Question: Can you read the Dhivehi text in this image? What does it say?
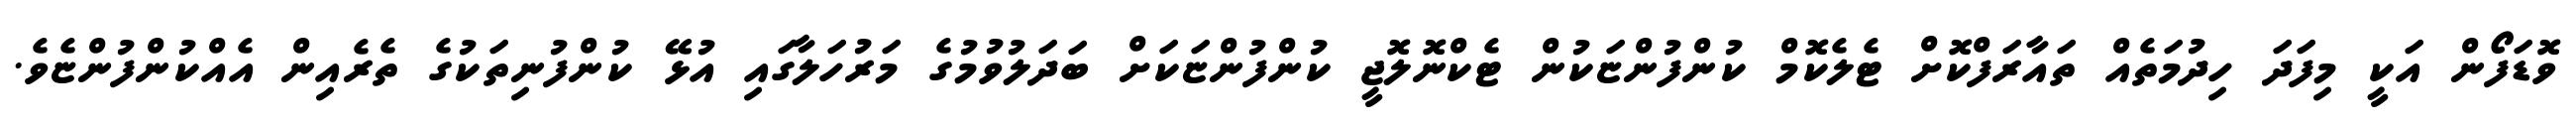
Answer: ވޮޑަފޯން އަކީ މިފަދަ ހިދުމަތެއް ތައާރަފްކޮށް ޓެލެކޮމް ކުންފުންޏަކުން ޓެކްނޮލޮޖީ ކުންފުންޏަކަށް ބަދަލުވުމުގެ މަރުހަލާގައި އުޅޭ ކުންފުނިތަކުގެ ތެރެއިން އެއްކުންފުންޏެވެ.